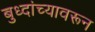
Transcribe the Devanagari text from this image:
बुध्दांच्यावरून